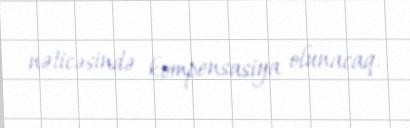
nəticəsində kompensasiya olunacaq.